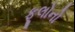
ફૂલોનો